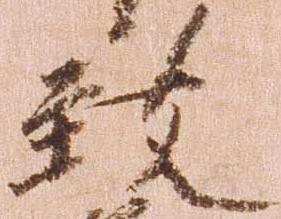
致